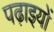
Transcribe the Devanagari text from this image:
पढ़ाइयों